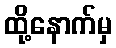
ထို့နောက်မှ